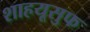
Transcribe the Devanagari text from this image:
शाहयूसुफ